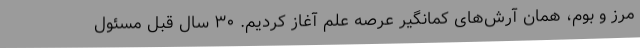
مرز و بوم، همان آرش‌های کمانگیر عرصه علم آغاز کردیم. ۳۰ سال قبل مسئول